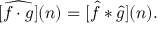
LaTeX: [ { \widehat { f \cdot g } } ] ( n ) = [ { \hat { f } } * { \hat { g } } ] ( n ) .